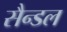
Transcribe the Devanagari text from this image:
सैन्डल